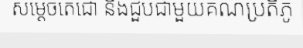
សម្តេចតេជោ នឹងជួបជាមួយគណប្រតិភូ